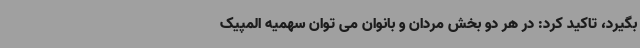
بگیرد، تاکید کرد: در هر دو بخش مردان و بانوان می توان سهمیه المپیک